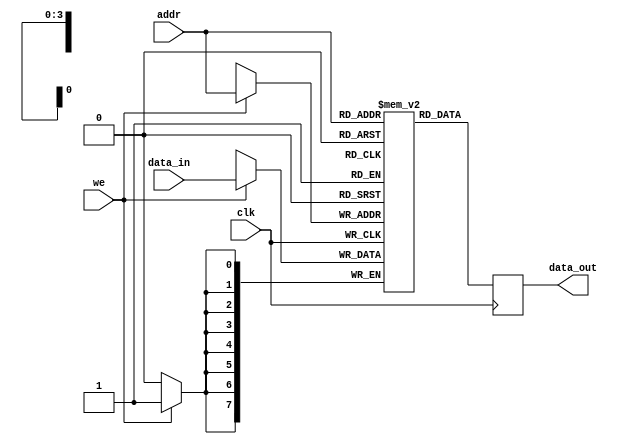
module parameterized_ram #(
    parameter DATA_WIDTH = 8,   // Width of each memory cell
    parameter ADDR_WIDTH = 4     // Address width (2^ADDR_WIDTH = depth)
)(
    input wire clk,              // Clock signal
    input wire we,               // Write enable (active high)
    input wire [ADDR_WIDTH-1:0] addr, // Address input
    input wire [DATA_WIDTH-1:0] data_in, // Data input
    output reg [DATA_WIDTH-1:0] data_out // Data output
);

    // Memory array declaration
    reg [DATA_WIDTH-1:0] ram [(2**ADDR_WIDTH)-1:0];

    // Initialize memory to zero
    integer i;
    initial begin
        for (i = 0; i < (2**ADDR_WIDTH); i = i + 1) begin
            ram[i] = 0;
        end
    end

    // Synchronous read/write operation
    always @(posedge clk) begin
        if (we) begin
            // Write operation
            ram[addr] <= data_in;
        end
        // Read operation
        data_out <= ram[addr];
    end

endmodule